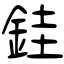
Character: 銈